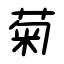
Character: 菊